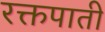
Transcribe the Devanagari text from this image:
रक्तपाती